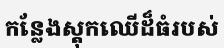
កន្លែងស្តុកឈើដ៏ធំរបស់